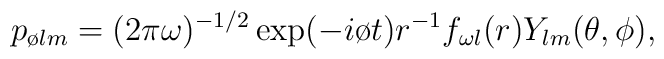
p_{\o lm}=(2\pi\omega)^{-1/2}\exp(-i\o t) r^{-1}f_{\omega l}(r)Y_{lm}(\theta,\phi),